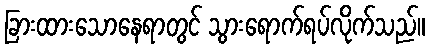
ခြားထားသောနေရာတွင် သွားရောက်ရပ်လိုက်သည်။